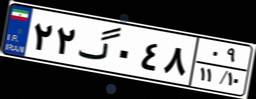
۲۲گ۰۴۸۰۹